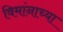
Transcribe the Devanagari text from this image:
विमांनाच्या